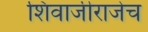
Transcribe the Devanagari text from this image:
शिवाजीराजेच